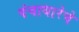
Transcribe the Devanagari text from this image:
पंचाधारेचे